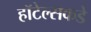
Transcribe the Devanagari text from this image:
हॉटेल्सकडे